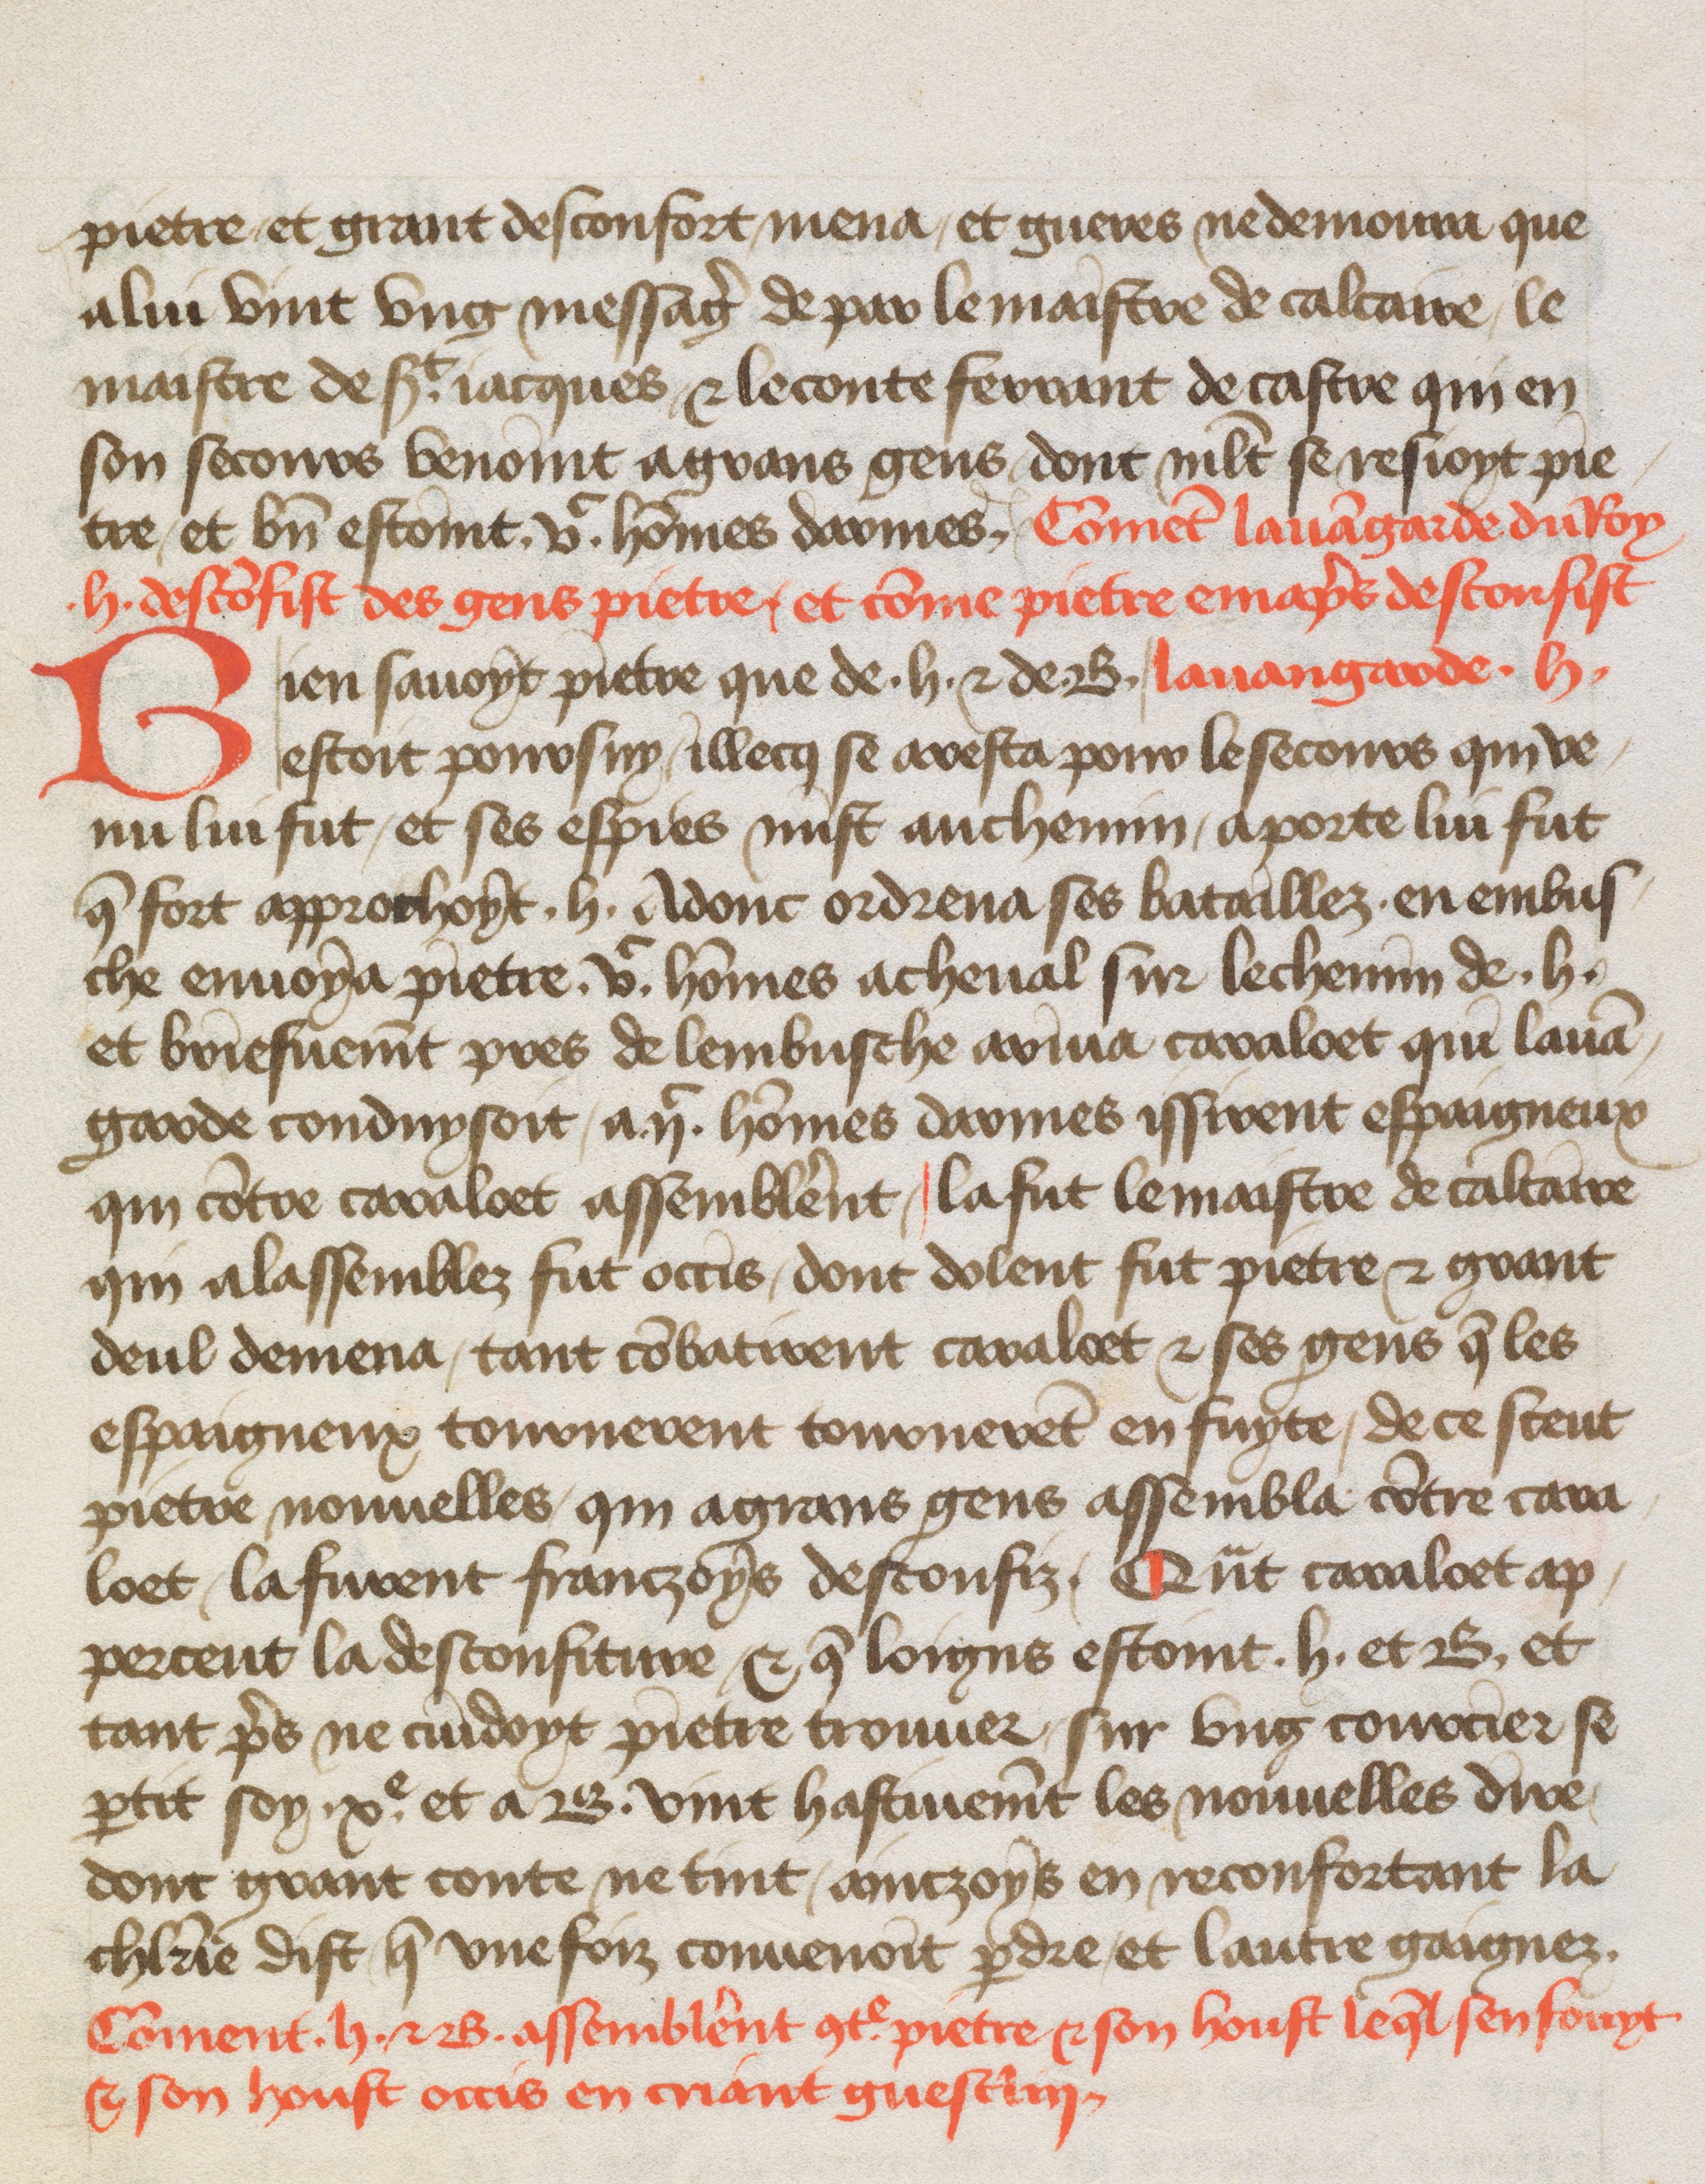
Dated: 1400–1499